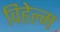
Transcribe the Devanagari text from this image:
विहेल्म